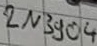
Text: 2N3904